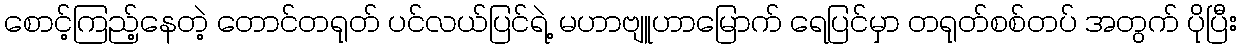
စောင့်ကြည့်နေတဲ့ တောင်တရုတ် ပင်လယ်ပြင်ရဲ့ မဟာဗျူဟာမြောက် ရေပြင်မှာ တရုတ်စစ်တပ် အတွက် ပိုပြီး